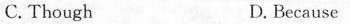
C.Though D,Bscause